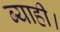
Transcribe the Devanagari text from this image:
ब्याही।